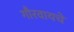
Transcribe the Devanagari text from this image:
गौरवायचे